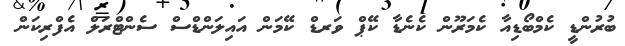
ބުރުންޑީ ކެމްބޯޑިއާ ކެމަރޫން ކެނެޑާ ކޭޕް ވަރޑް ކޭމަން އައިލަންޑްސް ސެންޓްރަލް އެފްރިކަން